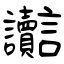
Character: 讟